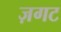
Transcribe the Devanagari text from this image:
ज़गट